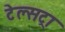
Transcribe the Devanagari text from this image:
टेल्‍सट्रा